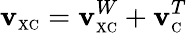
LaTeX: \mathbf{v}_{\scriptscriptstyle\mathrm{{XC}}}=\mathbf{v}_{\scriptscriptstyle\mathrm{{XC}}}^{W}+\mathbf{v}_{\scriptscriptstyle\mathrm{{C}}}^{T}